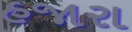
હજારા